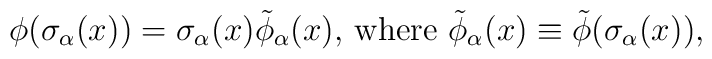
\phi( \sigma_{\alpha}(x)) = \sigma_{\alpha}(x)\tilde{\phi}_{\alpha}(x),  \,\mbox{where } \tilde{\phi}_{\alpha}(x)\equiv \tilde{\phi}(\sigma_{\alpha}(x)),